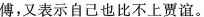
傅，又表示自己他比不上贾谊